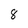
Character: 8